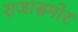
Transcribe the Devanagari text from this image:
राजासमोर